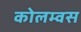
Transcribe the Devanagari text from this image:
कोलम्वस